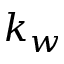
k _ { w }